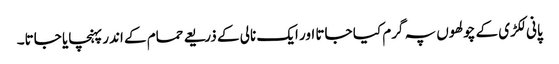
پانی لکڑی کے چولھوں پہ گرم کیا جاتا اور ایک نالی کے ذریعے حمام کے اندر پہنچایا جاتا۔